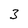
Character: 3